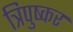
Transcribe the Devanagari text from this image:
त्रिपुष्कर